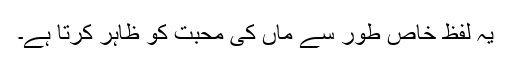
یہ لفظ خاص طور سے ماں کی محبت کو ظاہر کرتا ہے۔